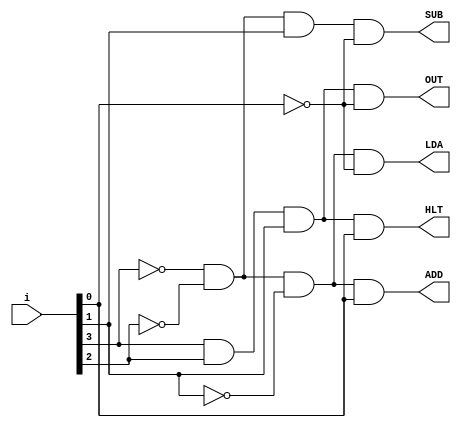
/* SAP_1_instruction_decoder
   copyright 2012 (pika1021@gmail.com)
   */
`timescale 1ns / 100ps

module SAP_1_instruction_decoder(LDA, ADD, SUB, OUT, HLT, i);
  output LDA, ADD, SUB, OUT, HLT;
  input [7:4]i;
	// LDA = 0000
  assign LDA = !i[7] && !i[6] && !i[5] && !i[4];
  // ADD = 0001
  assign ADD = !i[7] && !i[6] && !i[5] && i[4];
  // SUB = 0010
  assign SUB = !i[7] && !i[6] && i[5] && !i[4];
  // OUT = 1110
  assign OUT = i[7] && i[6] && i[5] && !i[4];
  // HLT = 1111
  assign HLT = i[7] && i[6] && i[5] && i[4];
endmodule